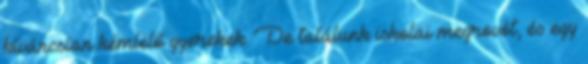
kíváncsian kémlelő gyerekek. De találunk iskolai megrovót, és egy